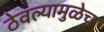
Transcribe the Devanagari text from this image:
ठेवल्यामुळेच